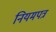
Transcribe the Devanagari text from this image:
नियमपत्र